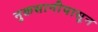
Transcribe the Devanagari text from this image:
नुकसानीपासून